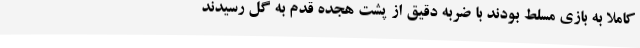
کاملاً به بازی مسلط بودند با ضربه دقیق از پشت هجده قدم به گل رسیدند